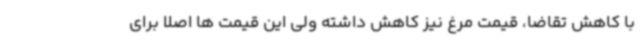
با کاهش تقاضا، قیمت مرغ نیز کاهش داشته ولی این قیمت ها اصلا برای